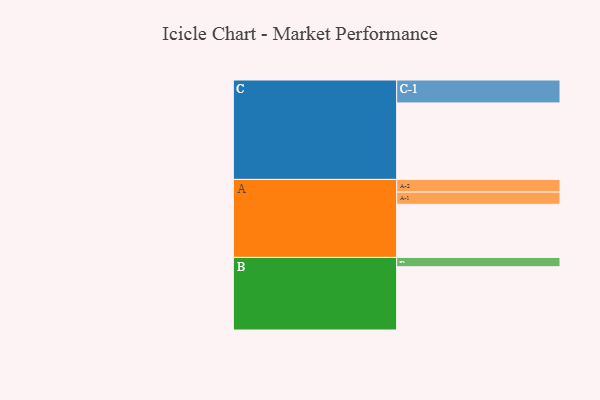
{"axis": {"x": "Segment", "y": "Value"}, "legend": ["", "A", "B", "C"], "data": [{"x": "A", "y": 382, "type": ""}, {"x": "B", "y": 455, "type": ""}, {"x": "C", "y": 550, "type": ""}, {"x": "A-1", "y": 88, "type": "A"}, {"x": "A-2", "y": 91, "type": "A"}, {"x": "B-1", "y": 67, "type": "B"}, {"x": "C-1", "y": 165, "type": "C"}]}